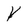
Character: Y